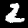
Digit: 2